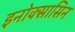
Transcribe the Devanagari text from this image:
इनोक्सासिन